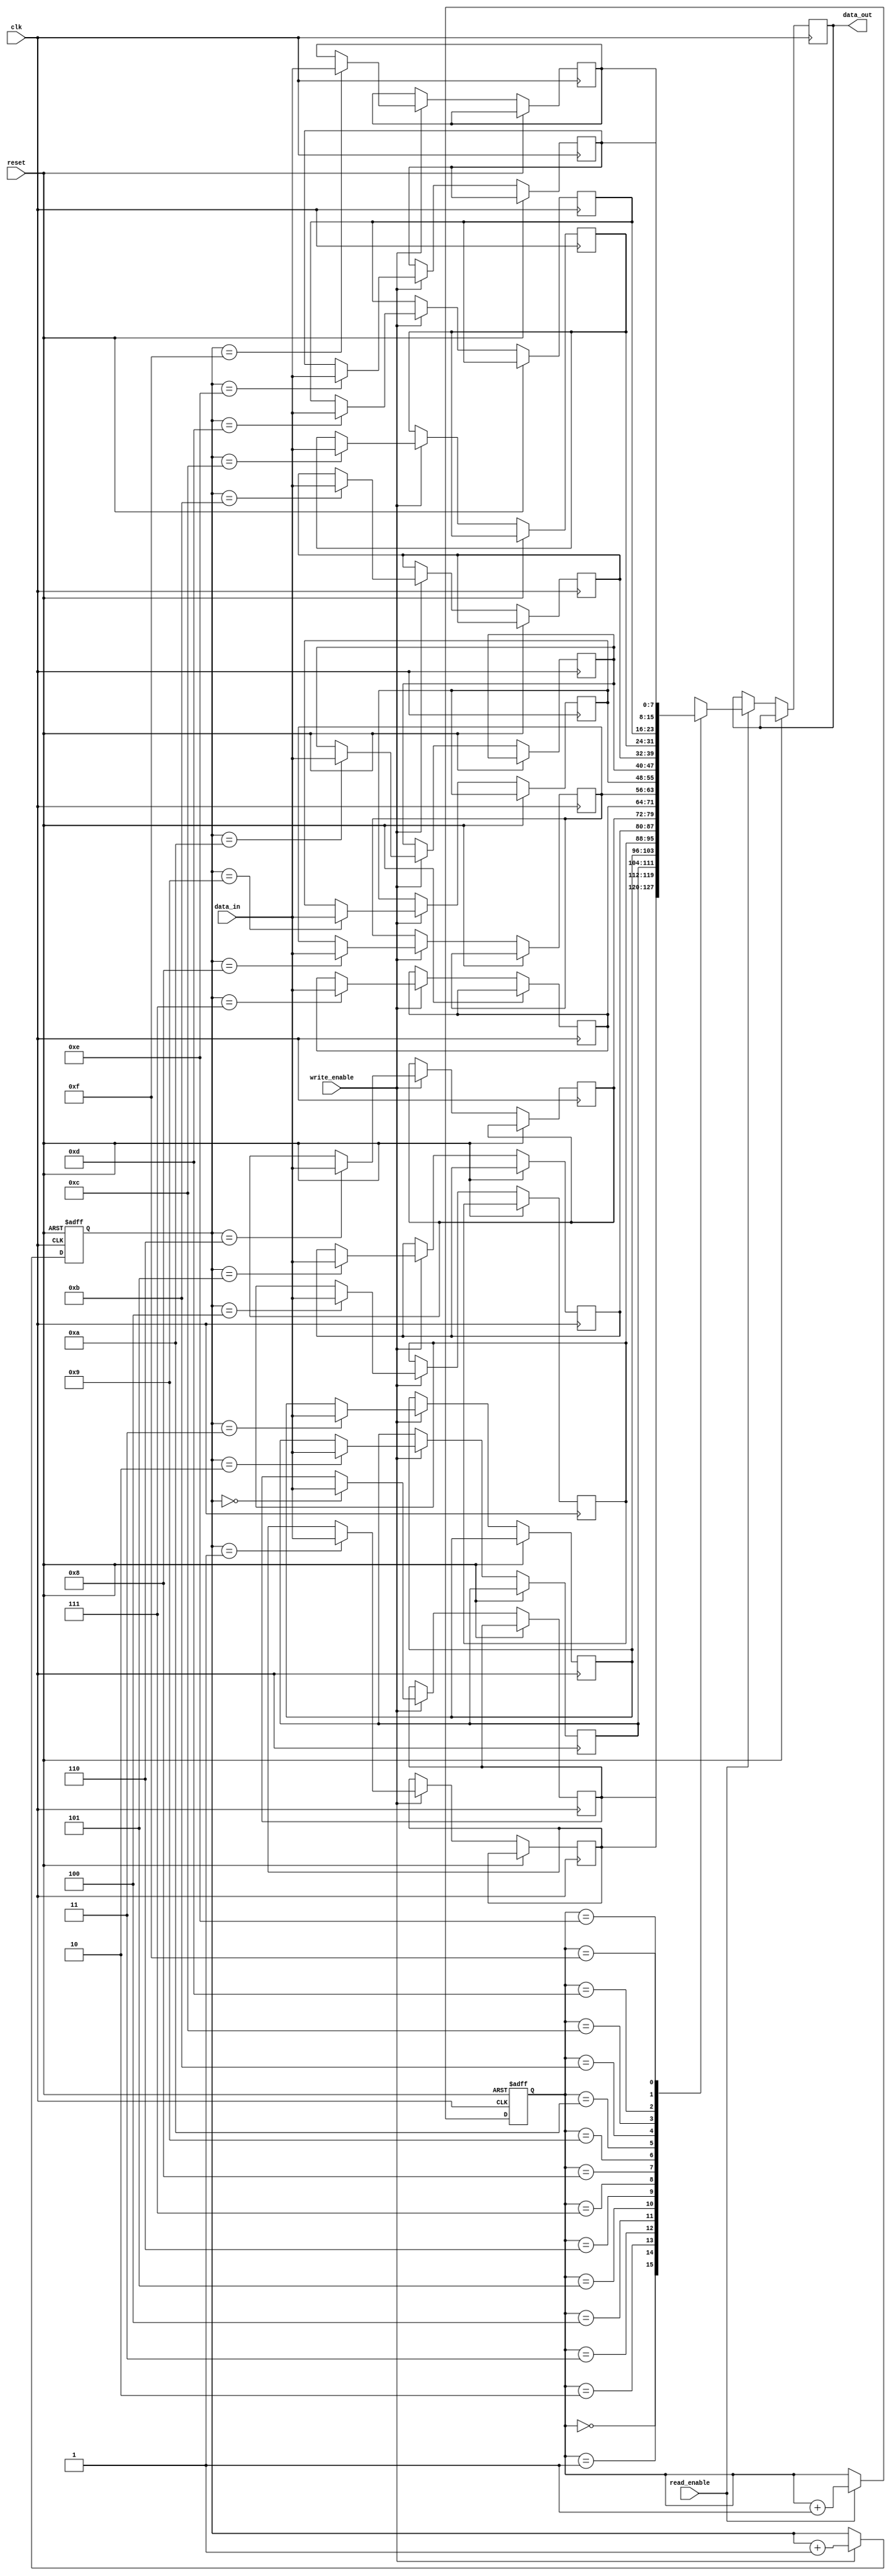
module asynchronous_fifo (
  input wire clk,
  input wire reset,
  input wire write_enable,
  input wire read_enable,
  input wire [7:0] data_in,
  output reg [7:0] data_out
);

reg [7:0] fifo [0:15];
reg [3:0] read_ptr, write_ptr;

always @(posedge clk or posedge reset) begin
  if (reset) begin
    read_ptr <= 4'd0;
    write_ptr <= 4'd0;
  end else begin
    if (write_enable) begin
      fifo[write_ptr] <= data_in;
      write_ptr <= write_ptr + 4'd1;
    end
    if (read_enable) begin
      data_out <= fifo[read_ptr];
      read_ptr <= read_ptr + 4'd1;
    end
  end
end

endmodule